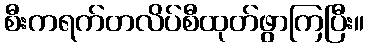
စီးကရက်တလိပ်စီထုတ်ဖွာကြပြီး။